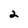
Character: 2